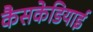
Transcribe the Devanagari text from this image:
कैसकेडियाई